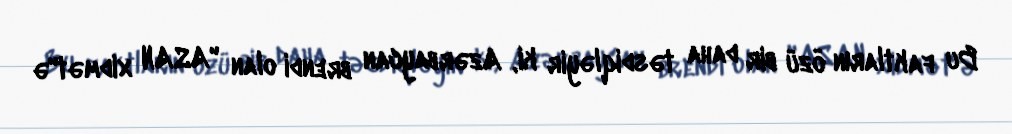
Bu faktların özü bir daha təsdiqləyir ki, Azərbaycan brendi olan "ASAN xidmət"ə